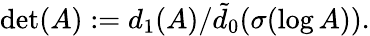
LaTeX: \operatorname*{det}(A):=d_{1}(A)/\tilde{d}_{0}(\sigma(\log A)).